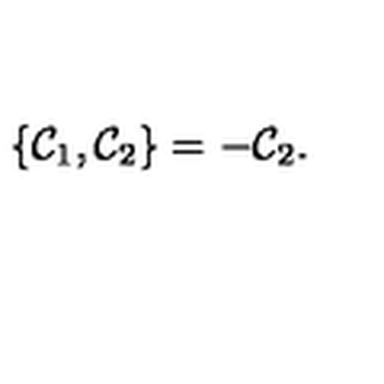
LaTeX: \{ { \cal C } _ { 1 } , { \cal C } _ { 2 } \} = - { \cal C } _ { 2 } .